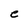
Character: e